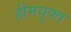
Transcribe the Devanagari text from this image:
हीमयुक्त